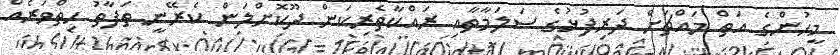
މީހުންގެ އަތް މައްޗަށް ދަރިފުޅުގެ ސަލަމާތާއި ރައްކާތެރިކަން ދޫކޮށްލަން ކެރޭނީ ތަފާތު ހިތްވަރެއް